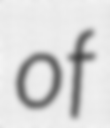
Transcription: of